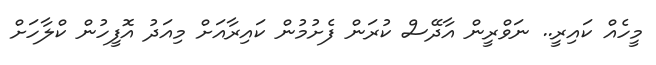
މީހެއް ކައިރީ.. ނަވްރީން އާދޭސް ކުރަން ފެށުމުން ކައިރާއަށް މިއަދު އޮފީހުން ކްލާހަށް